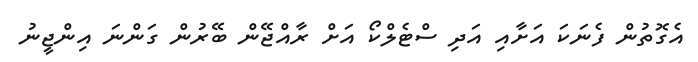
އެގޮތުން ފެނަކަ އަށާއި އަދި ސްޓެލްކޯ އަށް ރާއްޖޭން ބޭރުން ގަންނަ އިންޖީނު